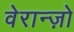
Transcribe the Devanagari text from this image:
वेरान्ज़ो